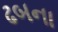
ઢબના